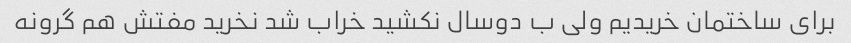
برای ساختمان خریدیم ولی ب دوسال نکشید خراب شد نخرید مفتش هم گرونه